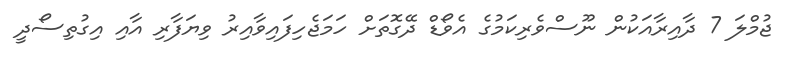
ޖުމްލަ 7 ދާއިރާއަކުން ނޫސްވެރިކަމުގެ އެވޯޑް ދޭގޮތަށް ހަމަޖެހިފައިވާއިރު ވިޔަފާރި އާއި އިގުތިސޯދީ